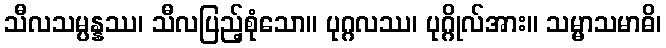
သီလသမ္ပန္နဿ၊ သီလပြည့်စုံသော။ ပုဂ္ဂလဿ၊ ပုဂ္ဂိုလ်အား။ သမ္မာသမာဓိ၊